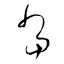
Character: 當